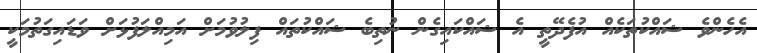
އެހެންވެ ޝައްކުތަކެއް އުފެދޭތީ އެ ޝައްކައިގެން ނުތިބެ ޝައްކުތައް ފިލުވުމަށް އަމިއްލަފުޅަށް ވަޑައިގަތުމަކީ